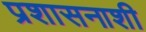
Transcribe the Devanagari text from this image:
प्रशासनाशी